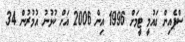
ސްޕެއިން ގައުމީ ޓީމަށް 1996 އިން 2006 އަށް ކުޅުނު އުމުރުން 34